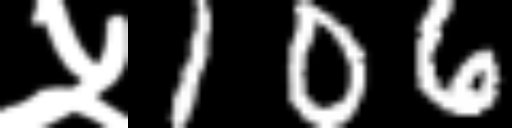
Text: ५106